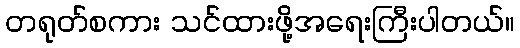
တရုတ်စကား သင်ထားဖို့အရေးကြီးပါတယ်။